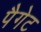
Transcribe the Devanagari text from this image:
पैगेट